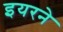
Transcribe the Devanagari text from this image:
इयरने